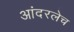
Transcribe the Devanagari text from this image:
आंदरलेच